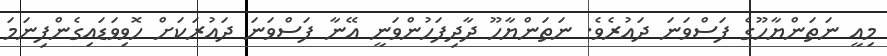
މިއީ ނަތަންޔާހޫގެ ފަސްވަނަ ދައުރެވެ. ނަތަންޔާހޫ ދާދިފަހުންވަނީ އޭނާ ފަސްވަނަ ދައުރަކަށް ހޮވިވަޑައިގެންފިނަމަ